Note on the mental hospitals in Burma - 1925-1940
Year: 1925
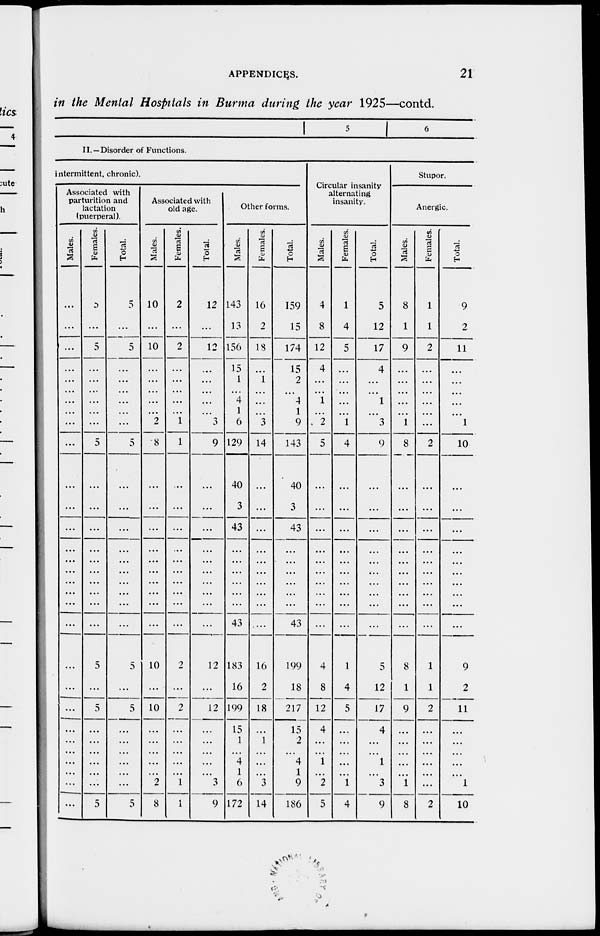
APPENDICES.
21
in the Mental Hospitals in Burma during the year 1925—contd.
5
6
II.—Disorder of Functions.
intermittent, chronic).
Associated with
parturition and
lactation
(puerperal).
Males.
...
...
...
...
...
...
...
...
...
...
...
...
...
...
...
...
...
...
...
...
...
...
...
...
...
...
Females.
5
...
5
...
...
...
...
...
5
...
...
...
...
...
...
...
...
5
...
5
...
...
...
...
...
5
Total.
5
...
5
...
...
...
...
...
5
...
...
...
...
...
...
...
...
5
...
5
...
...
...
...
...
5
Associated with
old age.
Males.
10
...
10
...
...
...
...
2
8
...
...
...
...
...
...
...
...
10
...
10
...
...
...
...
2
8
Females.
2
...
2
...
...
...
... 1
1
...
...
...
...
...
...
...
...
2
...
2
...
...
...
...
1
1
Total.
12
...
12
...
...
...
...
3
9
...
...
...
...
...
...
...
...
12
...
12
...
...
...
...
3
9
Other forms.
Males.
143
13
156
15
1
4
1
6
129
40
3
43
...
...
...
...
43
183
16
199
15
1
4
1
6
172
Females.
16
2
18
...
1
...
...
3
14
...
...
...
...
...
...
...
...
16
2
18
...
1
...
...
3
14
Total.
159
15
174
15
2
4
1
9
143
40
3
43
...
...
...
...
43
199
18
217
15
2
... 4
1
9
186
Circular insanity
alternating
insanity.
Males.
4
8
12
4
...
1
...
2
5
...
...
...
...
...
...
...
...
4
8
12
4
...
1
...
2
5
Females.
1
4
5
...
...
...
... 1
4
...
...
...
...
...
...
...
...
1
4
5
...
...
...
...
1
4
Total.
5
12
17
4
...
1
... 3
9
...
...
...
...
...
...
...
...
5
12
17
4
...
1
...
3
9
Stupor.
Anergic.
Males.
8
1
9
...
...
...
...
1
8
...
...
...
...
...
...
...
...
8
1
9
...
...
...
...
1
8
Females.
1
1
2
...
...
...
...
...
2
...
...
...
...
...
...
...
...
1
1
2
...
...
...
...
...
2
Total.
9
2
11
...
...
...
... 1
10
...
...
...
...
...
...
...
...
9
2
11
...
...
...
...
1
10